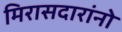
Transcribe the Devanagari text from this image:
मिरासदारांनो